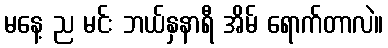
မနေ့ ည မင်း ဘယ်နှနာရီ အိမ် ရောက်တာလဲ။